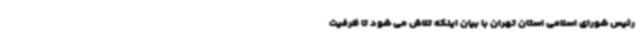
رئیس شورای اسلامی استان تهران با بیان اینکه تلاش می شود تا ظرفیت